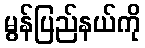
မွန်ပြည်နယ်ကို